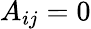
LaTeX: A_{ij}=0